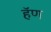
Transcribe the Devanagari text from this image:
हॅण